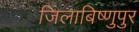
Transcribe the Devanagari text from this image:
जिलाबिष्णुपुर